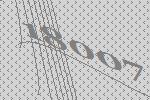
18007